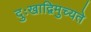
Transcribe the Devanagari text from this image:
दुःखाद्विमुच्यते